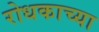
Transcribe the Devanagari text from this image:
रोधकाच्या